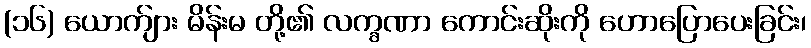
(၁၆) ယောက်ျား မိန်းမ တို့၏ လက္ခဏာ ကောင်းဆိုးကို ဟောပြောပေးခြင်း၊